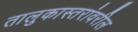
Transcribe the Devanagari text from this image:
तालुकास्तरांवरील